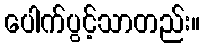
ပေါက်ပွင့်သာတည်း။